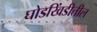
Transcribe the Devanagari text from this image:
घोडखिंडीतील